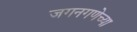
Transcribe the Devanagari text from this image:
जगनगणेच्या